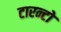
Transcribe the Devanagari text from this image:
टारन्टो